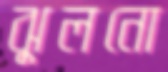
ঝুলনো